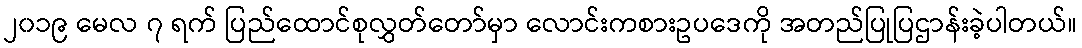
၂၀၁၉ မေလ ၇ ရက် ပြည်ထောင်စုလွှတ်တော်မှာ လောင်းကစားဥပဒေကို အတည်ပြုပြဌာန်းခဲ့ပါတယ်။